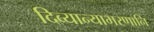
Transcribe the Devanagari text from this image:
दिव्यान्याभरणानि